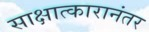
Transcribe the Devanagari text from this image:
साक्षात्कारानंतर